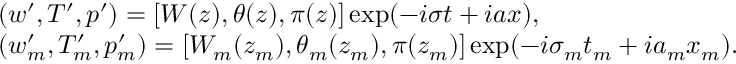
\begin{array} { r l } & { ( w ^ { \prime } , T ^ { \prime } , p ^ { \prime } ) = [ W ( z ) , \theta ( z ) , \pi ( z ) ] \exp ( - i \sigma t + i a x ) , } \\ & { ( { w } _ { m } ^ { \prime } , { T } _ { m } ^ { \prime } , p _ { m } ^ { \prime } ) = [ { W } _ { m } ( z _ { m } ) , \theta _ { m } ( z _ { m } ) , \pi ( z _ { m } ) ] \exp ( - i \sigma _ { m } t _ { m } + i a _ { m } x _ { m } ) . } \end{array}